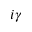
i \gamma